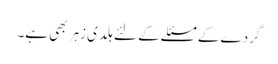
گردے کے مسئلے کے لئے ہلدی زہر بھی ہے۔